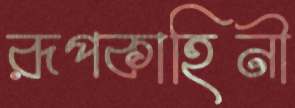
রূপকাহিনী